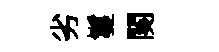
劣鬘闋